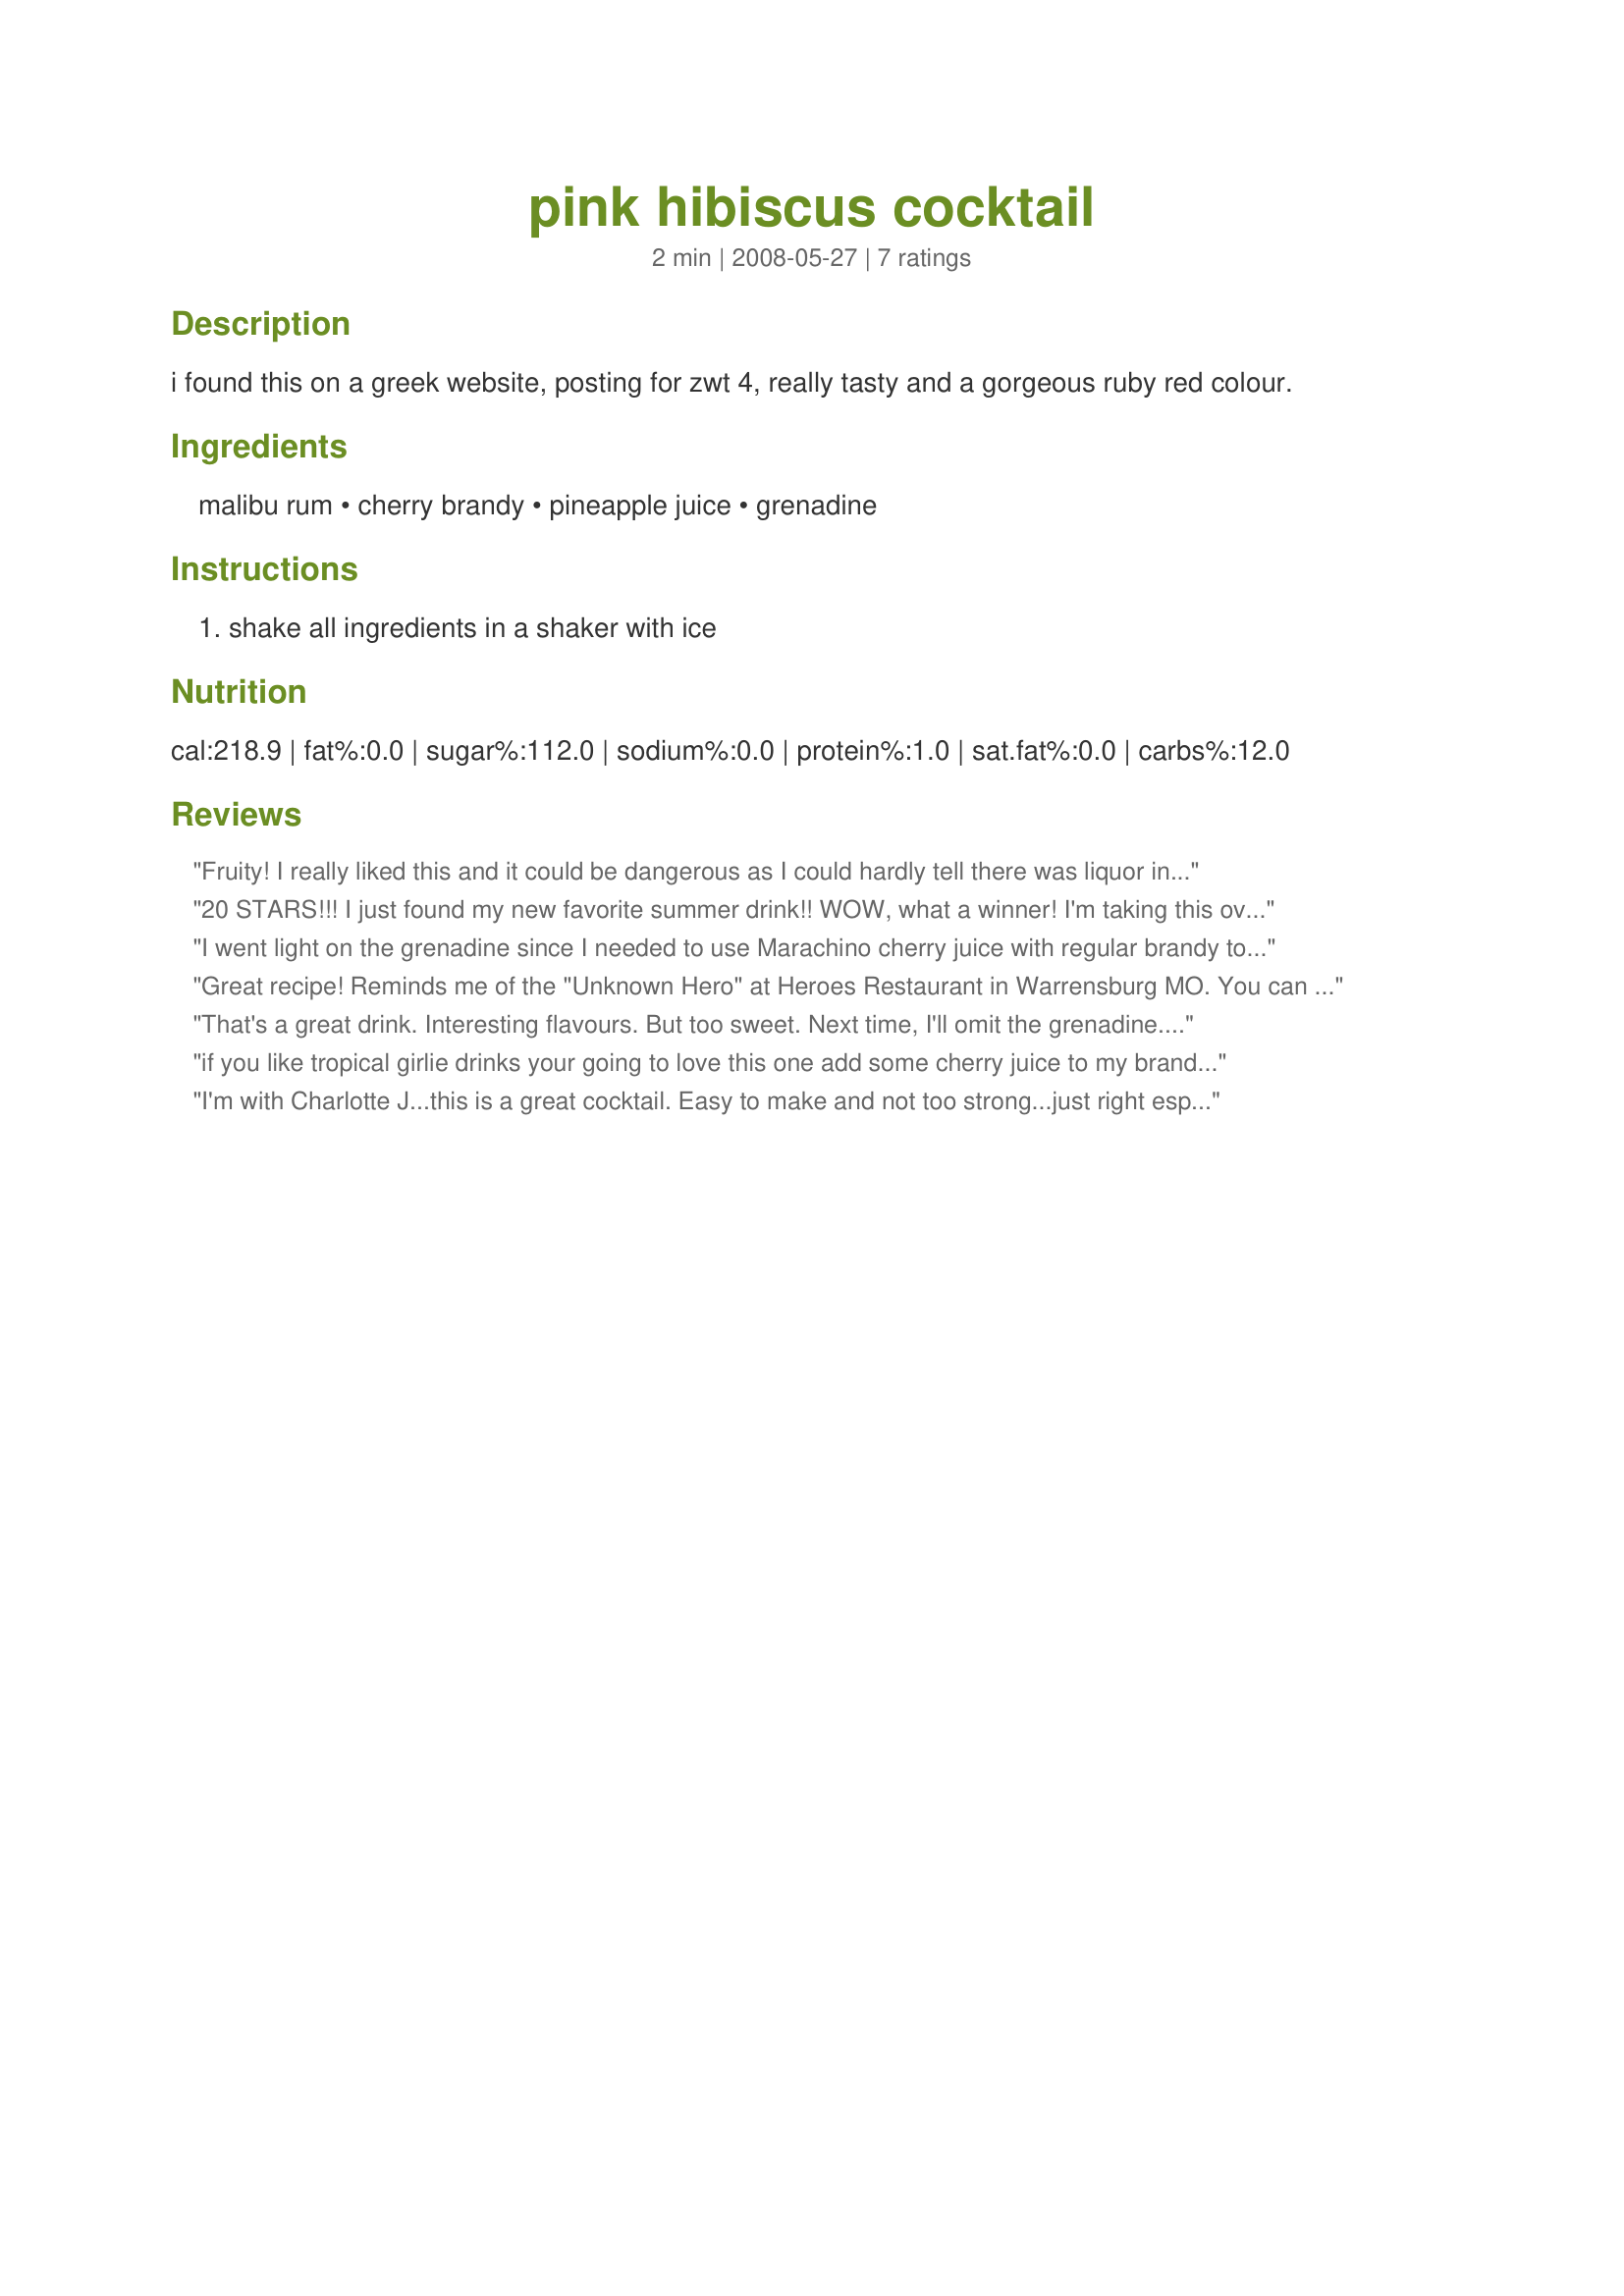
pink hibiscus cocktail
Preparation time: 2 minutes

i found this on a greek website, posting for zwt 4, really tasty and a gorgeous ruby red colour.

Ingredients:
malibu rum, cherry brandy, pineapple juice, grenadine

Steps:
shake all ingredients in a shaker with ice

Reviews:
Fruity! I really liked this and it could be dangerous as I could hardly tell there was liquor in it, lol. Mandy - thanks!! Made for the Babes of ZWT4.
20 STARS!!! I just found my new favorite summer drink!! WOW, what a winner! I'm taking this over to the neighbors for our next fire pit night of fun and festivities. Made for the *Family Pick Round* of *ZWT 6* I'm cooking with team *Ya Ya Cookerhood*
I went light on the grenadine since I needed to use Marachino cherry juice with regular brandy to get the cherry. This got rave reviews from DH ... I agree. This is definitely repeatable! Thanks!
Great recipe! Reminds me of the "Unknown Hero" at Heroes Restaurant in Warrensburg MO. You can make it with regular brandy if you don't stock cherry brandy in your bar. Very easy to drinky... Pershaps too easiy!!!
That's a great drink. Interesting flavours. But too sweet. Next time, I'll omit the grenadine. Thanks Mandy. Made for ZWT4
if you like tropical girlie drinks your going to love this one add some cherry juice to my brandy great drink
I'm with Charlotte J...this is a great cocktail. Easy to make and not too strong...just right especially if you like coconut. Thanks for posting! Made for ZWT and I'm a Quisine Queen!!

7/3...made for a BBQ...still fantastic!
